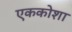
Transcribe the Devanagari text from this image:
एककोशा